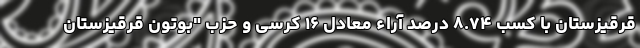
قرقیزستان با کسب ۸.۷۴ درصد آراء معادل ۱۶ کرسی و حزب "بوتون قرقیزستان